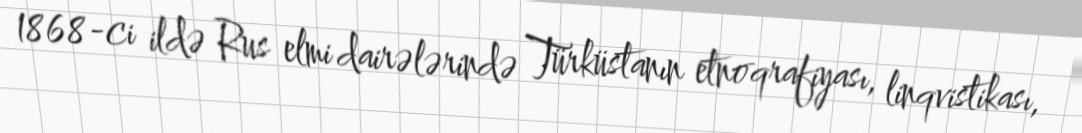
1868-ci ildə Rus elmi dairələrində Türküstanın etnoqrafiyası, linqvistikası,